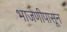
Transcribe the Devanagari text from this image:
भाजणीपासून